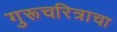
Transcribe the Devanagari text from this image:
गुरूचरित्राचा